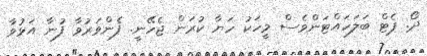
ދޯ. ޕެޓް ބަލަހައްޓަންވެސް މީހަކު ހަޔާ ކުރަން ޖެހޭނީ. ފެންވަރުވާ ފުނާ އަޅުވާ